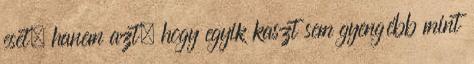
eset, hanem azt, hogy egyik kaszt sem gyengébb mint